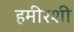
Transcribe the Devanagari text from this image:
हमीरशी